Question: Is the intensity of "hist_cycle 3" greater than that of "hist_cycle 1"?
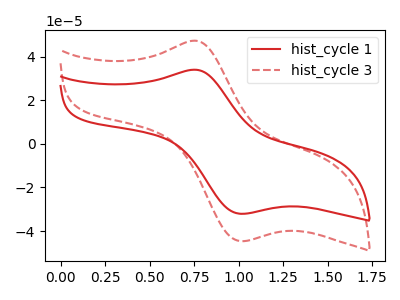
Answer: <think>The red curve "hist_cycle 1" has an anodic peak at (0.75V, 34.00uA) and a cathodic peak at (1.00V, -32.05uA). The red dashed curve "hist_cycle 3" has an anodic peak at (0.75V, 47.30uA) and a cathodic peak at (1.00V, -44.60uA).
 All the peaks in "hist_cycle 3" have a peak in "hist_cycle 1" at the same potential. Every peak in "hist_cycle 3" is higher than every peak in "hist_cycle 1".</think>
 <answer>"hist_cycle 3" has more signal than "hist_cycle 1".</answer>
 <eval>more_signal</eval>